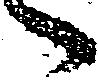
々